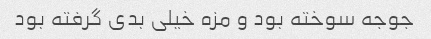
جوجه سوخته بود و مزه خیلی بدی گرفته بود